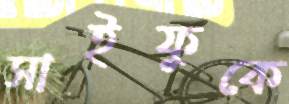
সাইফুকে